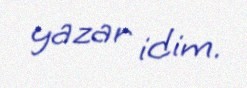
yazar idim.